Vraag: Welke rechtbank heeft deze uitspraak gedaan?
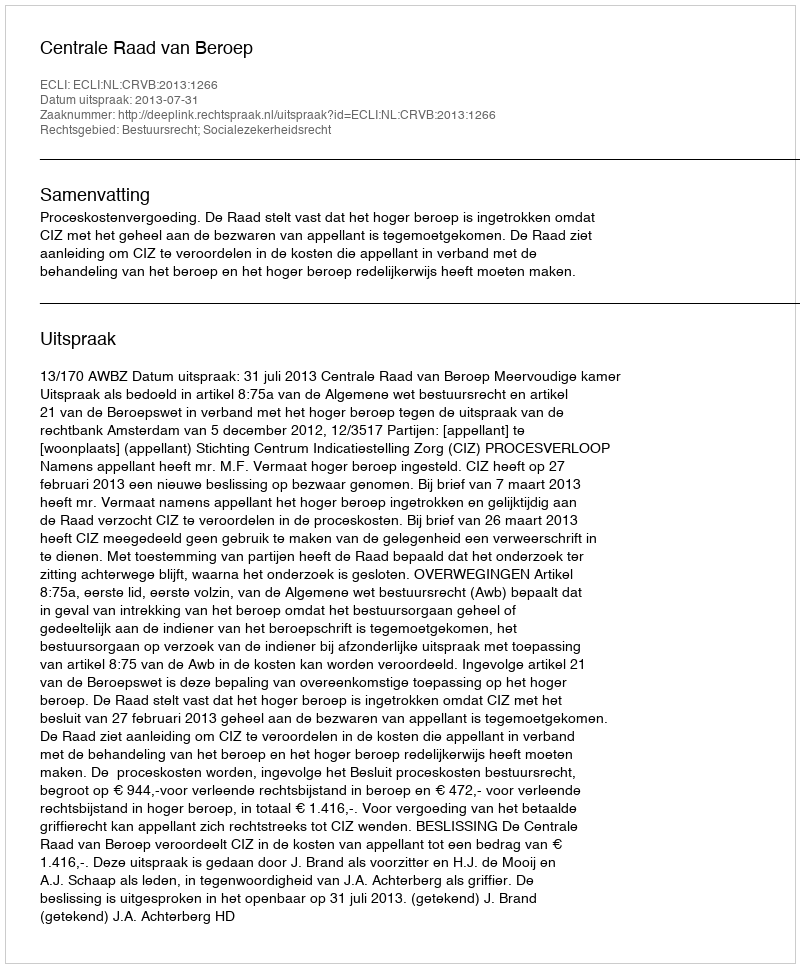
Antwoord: Centrale Raad van Beroep